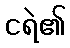
ငရဲ၏